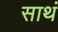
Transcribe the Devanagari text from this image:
साथं